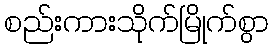
စည်းကားသိုက်မြိုက်စွာ